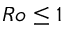
R o \leq 1